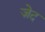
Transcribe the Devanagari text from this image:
ज़ेद